Annual report of the Imperial Bacteriological Laboratory, Muktesar
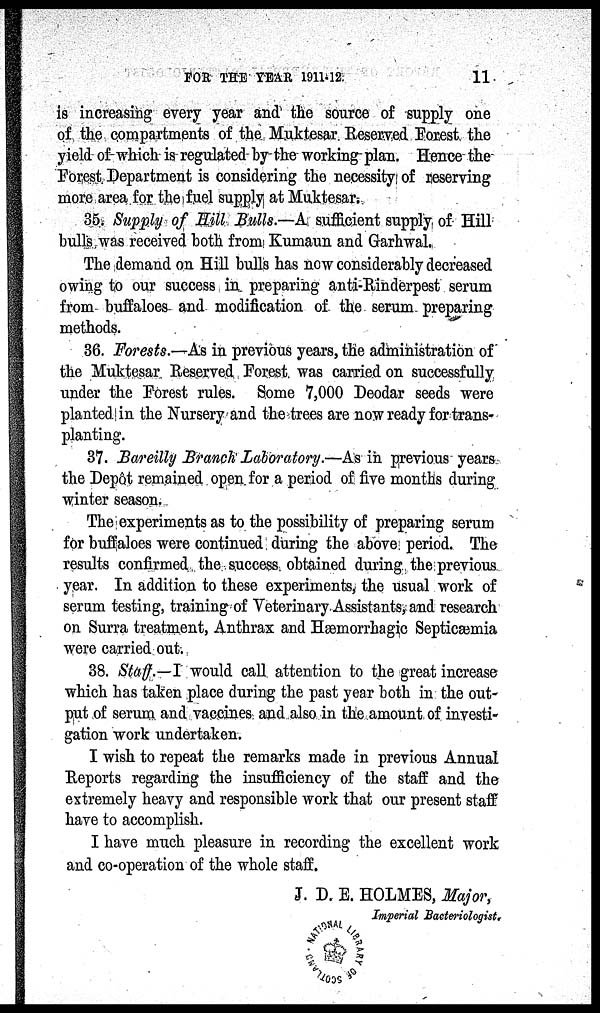
FOR THE YEAR 1911-12.
11
is increasing every year and the source of supply one
of the compartments of the Muktesar Reserved Forest the
yield of which is regulated by the working plan. Hence the
Forest Department is considering the necessity of reserving
more area for the fuel supply at Muktesar.
35. Supply of Hill Bulls.—A sufficient supply of Hill
bulls was received both from Kumaun and Garhwal.
The demand on Hill bulls has now considerably decreased
owing to our success in preparing anti-Rinderpest serum
from buffaloes and modification of the serum preparing
methods.
36. Forests.-As in previous years, the administration of
the Muktesar Reserved Forest was carried on successfully
under the Forest rules. Some 7,000 Deodar seeds were
planted in the Nursery and the trees are now ready for trans-
planting.
37. Bareilly Branch Laboratory.—As in previous years
the Depôt remained open for a period of five months during
winter season.
The experiments as to the possibility of preparing serum
for buffaloes were continued during the above period. The
results confirmed the success obtained during the previous
year. In addition to these experiments, the usual work of
serum testing, training of Veterinary Assistants, and research
on Surra treatment, Anthrax and Hæmorrhagic Septicæmia
were carried out.
38. Staff.—I would call attention to the great increase
which has taken place during the past year both in the out-
put of serum and vaccines and also in the amount of investi-
gation work undertaken.
I wish to repeat the remarks made in previous Annual
Reports regarding the insufficiency of the staff and the
extremely heavy and responsible work that our present staff
have to accomplish.
I have much pleasure in recording the excellent work
and co-operation of the whole staff.
J. D. E. HOLMES, Major,
Imperial Bacteriologist.